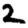
Digit: 2